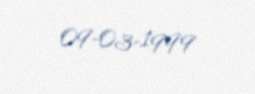
09-03-1999